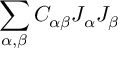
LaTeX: \sum _ { \alpha , \beta } C _ { \alpha \beta } J _ { \alpha } J _ { \beta }